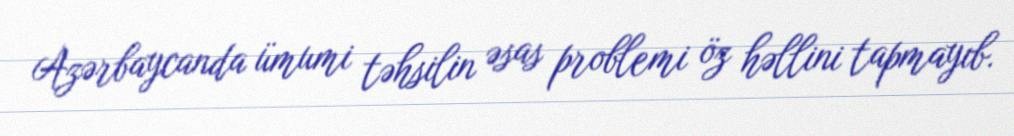
Azərbaycanda ümumi təhsilin əsas problemi öz həllini tapmayıb.